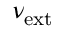
\nu _ { \mathrm { e x t } }